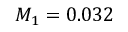
M _ { 1 } = 0 . 0 3 2